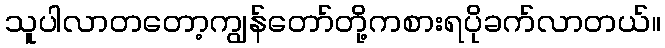
သူပါလာတတော့ကျွန်တော်တို့ကစားရပိုခက်လာတယ်။